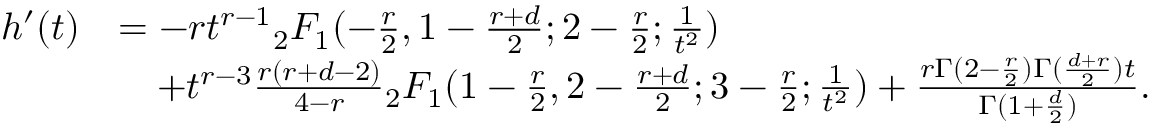
\begin{array} { r l } { h ^ { \prime } ( t ) } & { = - r t ^ { r - 1 } { _ 2 F _ { 1 } } ( - \frac { r } { 2 } , 1 - \frac { r + d } { 2 } ; 2 - \frac { r } { 2 } ; \frac { 1 } { t ^ { 2 } } ) } \\ & { \quad + t ^ { r - 3 } \frac { r ( r + d - 2 ) } { 4 - r } { _ 2 F _ { 1 } } ( 1 - \frac { r } { 2 } , 2 - \frac { r + d } { 2 } ; 3 - \frac { r } { 2 } ; \frac { 1 } { t ^ { 2 } } ) + \frac { r \Gamma ( 2 - \frac { r } 2 ) \Gamma ( \frac { d + r } { 2 } ) t } { \Gamma ( 1 + \frac { d } { 2 } ) } . } \end{array}